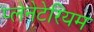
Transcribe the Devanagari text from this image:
प्‍लेनेटेरियम